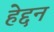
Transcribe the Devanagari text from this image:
हेद्दन